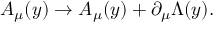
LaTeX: A _ { \mu } ( y ) \rightarrow A _ { \mu } ( y ) + \partial _ { \mu } \Lambda ( y ) .